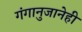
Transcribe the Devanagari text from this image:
गंगानुजानेही